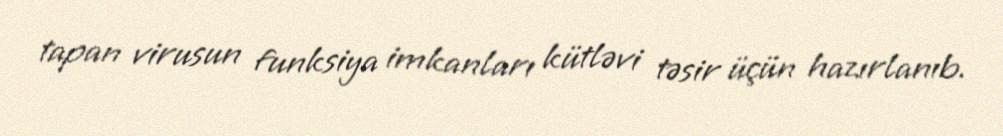
tapan virusun funksiya imkanları kütləvi təsir üçün hazırlanıb.